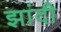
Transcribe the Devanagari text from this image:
झांदी